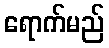
ရောက်မည်